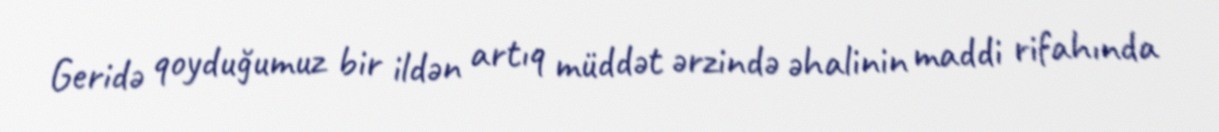
Geridə qoyduğumuz bir ildən artıq müddət ərzində əhalinin maddi rifahında